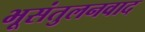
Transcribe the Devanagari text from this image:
भूसंतुलनवाद